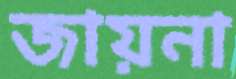
জায়না